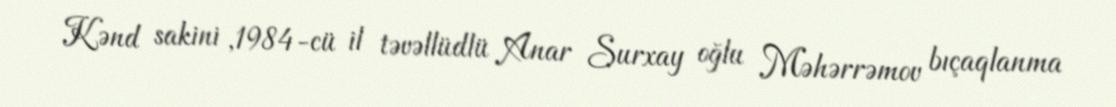
Kənd sakini ,1984-cü il təvəllüdlü Anar Surxay oğlu Məhərrəmov bıçaqlanma